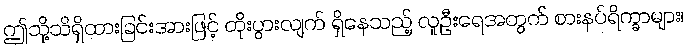
ဤသို့သိရှိထားခြင်းအားဖြင့် တိုးပွားလျက် ရှိနေသည့် လူဦးရေအတွက် စားနပ်ရိက္ခာများ၊